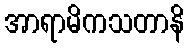
အာရာမိကသတာနိ